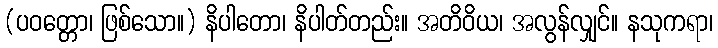
(ပဝတ္တော၊ ဖြစ်သော။) နိပါတော၊ နိပါတ်တည်း။ အတိဝိယ၊ အလွန်လျှင်။ နသုကရာ၊